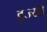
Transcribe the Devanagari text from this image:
इज्यो